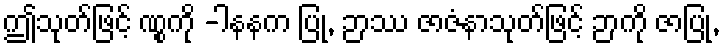
ဤသုတ်ဖြင့် ဏွုကို -ါနနက ပြု, ဉာဿ ဇာဇံနာသုတ်ဖြင့် ဉာကို ဇာပြု,